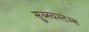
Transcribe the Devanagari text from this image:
सुब्स्यस्तेम्स